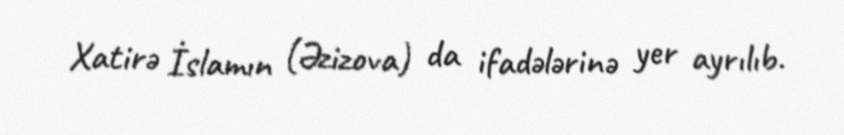
Xatirə İslamın (Əzizova) da ifadələrinə yer ayrılıb.